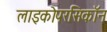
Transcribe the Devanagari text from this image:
लाइकोपरसिकॉन